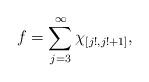
LaTeX: \begin{align*}f=\sum_{j=3}^\infty\chi_{[j!,j!+1]},\end{align*}